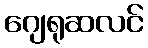
ဂျေရုဆလင်